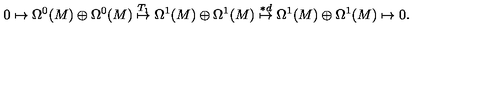
0 \mapsto \Omega ^ { 0 } ( M ) \oplus \Omega ^ { 0 } ( M ) \stackrel { T _ { 1 } } { \mapsto } \Omega ^ { 1 } ( M ) \oplus \Omega ^ { 1 } ( M ) \stackrel { * d } { \mapsto } \Omega ^ { 1 } ( M ) \oplus \Omega ^ { 1 } ( M ) \mapsto 0 .